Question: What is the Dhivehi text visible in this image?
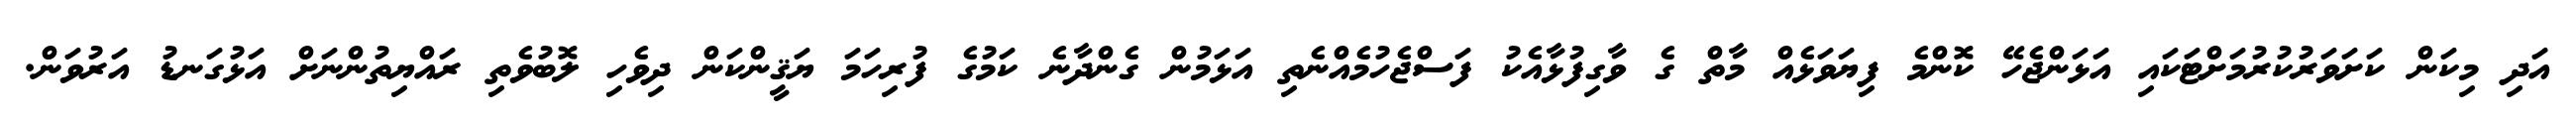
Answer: އަދި މިކަން ކަށަވަރުކުރުމަށްޓަކައި އަޅަންޖެހޭ ކޮންމެ ފިޔަވަޅެއް މާތް ގެ ވާގިފުޅާއެކު ފަސްޖެހުމެއްނެތި އަޅަމުން ގެންދާނެ ކަމުގެ ފުރިހަމަ ޔަޤީންކަން ދިވެހި ލޮބުވެތި ރައްޔިތުންނަށް އަޅުގަނޑު އަރުވަން.